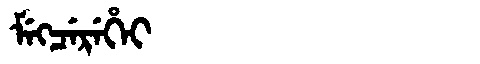
Manchu: ᠮᡝᡴᠴᡝᡵᡝᡥᡝᡳ
Romanization: MEKCEREHEI